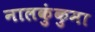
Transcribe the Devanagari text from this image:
नालकुंकुमा